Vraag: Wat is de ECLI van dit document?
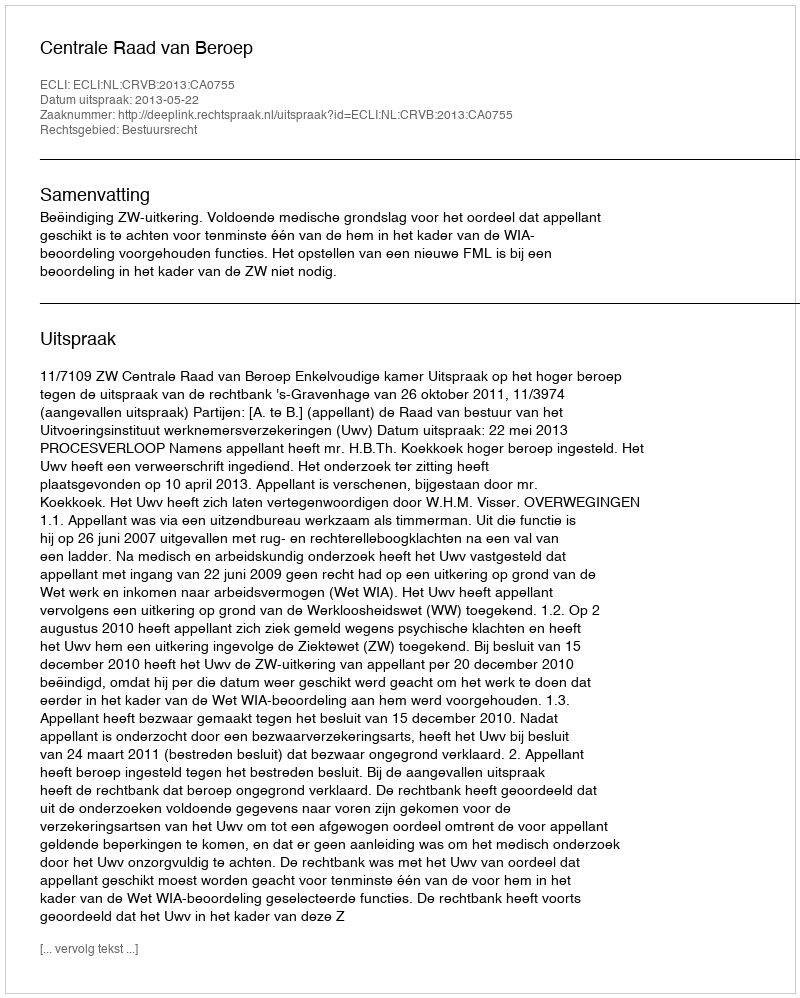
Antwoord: ECLI:NL:CRVB:2013:CA0755